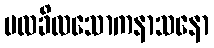
မလခိလသောကနာသနော